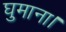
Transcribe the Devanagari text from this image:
घुमाना।